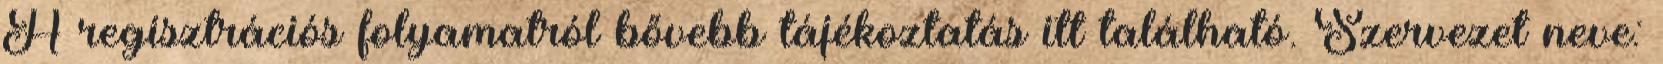
A regisztrációs folyamatról bővebb tájékoztatás itt található. Szervezet neve: